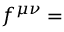
f ^ { \mu \nu } =